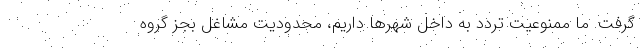
گرفت. ما ممنوعیت تردد به داخل شهرها داریم، محدودیت مشاغل بجز گروه